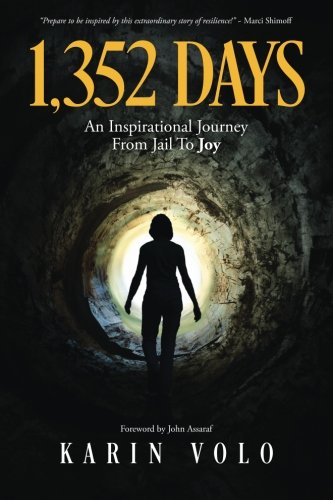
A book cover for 1,352 Days: An Inspirational Journey from Jail to Joy; Karin Volo; Biographies & Memoirs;